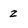
Character: 2